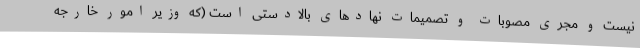
نیست و مجری مصوبات و تصمیمات نهادهای بالادستی است (که وزیر امور خارجه